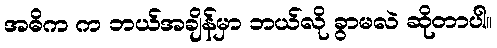
အဓိက က ဘယ်အချိန်မှာ ဘယ်လို ခွာမလဲ ဆိုတာပါ။